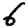
Digit: 6